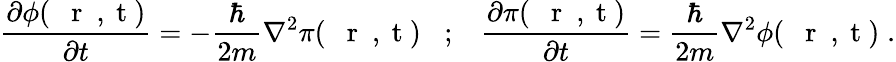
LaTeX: \frac{\partial\phi(\mathrm{~{~\mathbf~r~}~,~t~})}{\partial t}=-\frac{\hbar}{2m}\nabla^{2}\pi(\mathrm{~{~\mathbf~r~}~,~t~})\; \; \; ;\; \; \; \frac{\partial\pi(\mathrm{~{~\mathbf~r~}~,~t~})}{\partial t}=\frac{\hbar}{2m}\nabla^{2}\phi(\mathrm{~{~\mathbf~r~}~,~t~})\; .